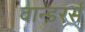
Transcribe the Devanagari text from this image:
वान्डरर्स